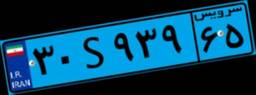
۳۰S۹۳۹۶۵